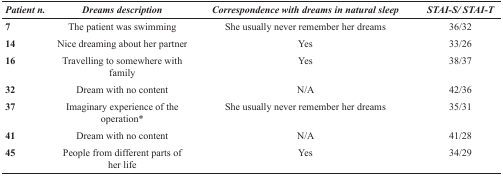
<table><thead><tr><td><b><i>Patient n.</i></b></td><td><b><i>Dreams description</i></b></td><td><b><i>Correspondence with dreams in natural sleep</i></b></td><td><b><i>STAI-S/ STAI-T</i></b></td></tr></thead><tbody><tr><td><b>7</b></td><td>The patient was swimming</td><td>She usually never remember her dreams</td><td>36/32</td></tr><tr><td><b>14</b></td><td>Nice dreaming about her partner</td><td>Yes</td><td>33/26</td></tr><tr><td><b>16</b></td><td>Travelling to somewhere with family</td><td>Yes</td><td>38/37</td></tr><tr><td><b>32</b></td><td>Dream with no content</td><td>N/A</td><td>42/36</td></tr><tr><td><b>37</b></td><td>Imaginary experience of the operation*</td><td>She usually never remember her dreams</td><td>35/31</td></tr><tr><td><b>41</b></td><td>Dream with no content</td><td>N/A</td><td>41/28</td></tr><tr><td><b>45</b></td><td>People from different parts of her life</td><td>Yes</td><td>34/29</td></tr></tbody></table>